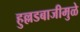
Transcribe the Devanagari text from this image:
हुल्लडबाजीमुळे